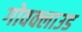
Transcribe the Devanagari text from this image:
गोवक्लाउड